Report of an investigation of the epidemic of malarial fever in Assam, or, kala-azar
Disease focus: Malaria
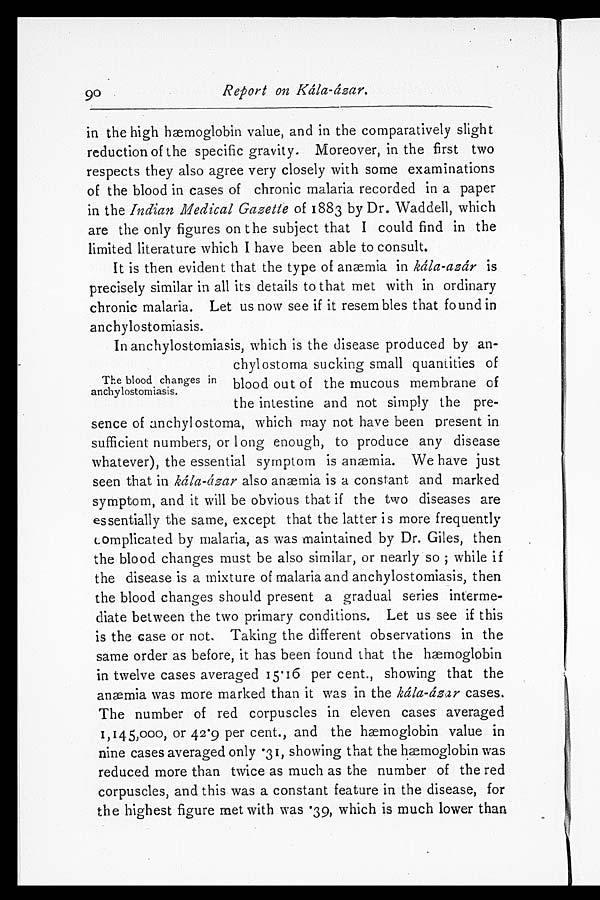
90
Report on Kála-ázar.
in the high hæmoglobin value, and in the comparatively slight
reduction of the specific gravity. Moreover, in the first two
respects they also agree very closely with some examinations
of the blood in cases of chronic malaria recorded in a paper
in the Indian Medical Gazette of 1883 by Dr. Waddell, which
are the only figures on the subject that I could find in the
limited literature which I have been able to consult.
It is then evident that the type of anæmia in kála-azár is
precisely similar in all its details to that met with in ordinary
chronic malaria. Let us now see if it resem bles that found in
anchylostomiasis.
In anchylostomiasis, which is the disease produced by an-
chyl ostoma sucking small quantities of
blood out of the mucous membrane of
the intestine and not simply the pre-
sence of anchyl ostoma, which may not have been present in
sufficient numbers, or long enough, to produce any disease
whatever), the essential symptom is anæmia. We have just
seen that in kála-ázar also anæmia is a constant and marked
symptom, and it will be obvious that if the two diseases are
essentially the same, except that the latter is more frequently
complicated by malaria, as was maintained by Dr. Giles, then
the blood changes must be also similar, or nearly so while if
the disease is a mixture of malaria and anchylostomiasis, then
the blood changes should present a gradual series interme-
diate between the two primary conditions. Let us see if this
is the case or not, Taking the different observations in the
same order as before, it has been found that the hmoglobin
in twelve cases averaged 15.16 per cent., showing that the
anæmia was more marked than it was in the kála-ázar cases.
The number of red corpuscles in eleven cases averaged
1,145,000, or 42.9 per cent., and the hæmoglobin value in
nine cases averaged only .31, showing that the hæmoglobin was
reduced more than twice as much as the number of the red
corpuscles, and this was a constant feature in the disease, for
the highest figure met with was .39, which is much lower than
The blood changes in
anchylostomiasis.